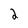
Character: 2